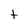
Character: t